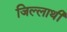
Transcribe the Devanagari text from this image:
जिल्लाथी